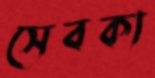
সেবকা